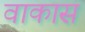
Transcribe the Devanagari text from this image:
वाकास